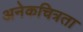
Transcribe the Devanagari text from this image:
अनेकचित्रता